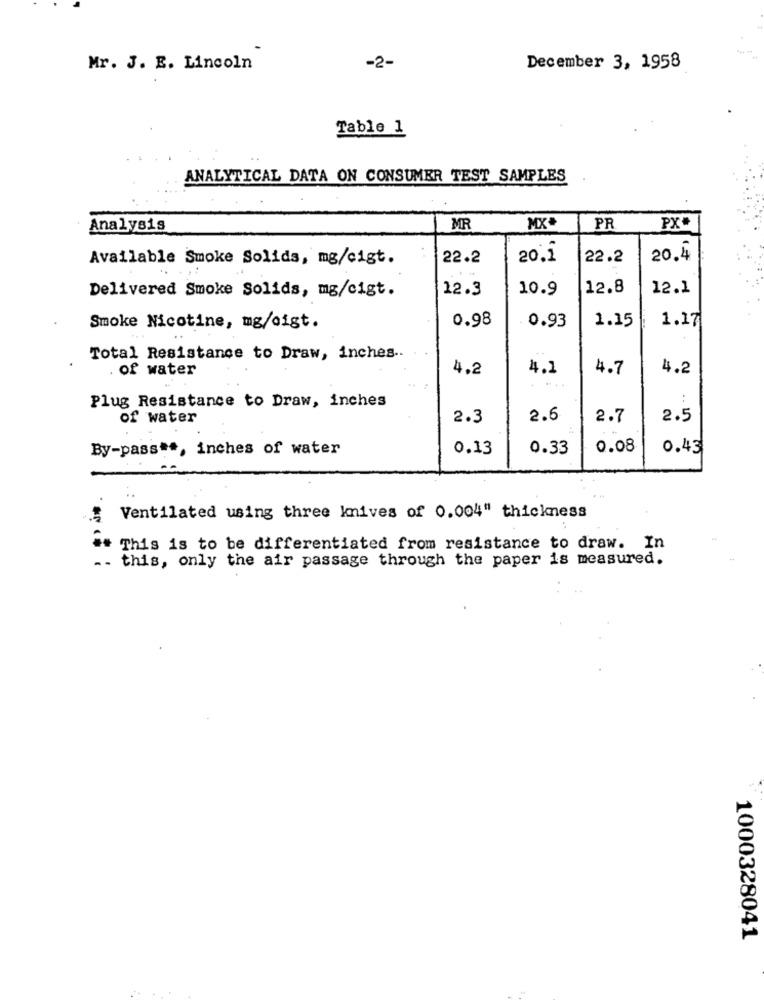
-2-
Mr. J. E. Lincoln
December 3, 1958
Table 1
ANALYTICAL DATA ON CONSUMER TEST SAMPLES
Analysis
MR
MX*
PR
PX*
Available Smoke Solids, mg/cigt.
22.2
20,1
22.2
20.4
Delivered Smoke Solids, mg/cigt.
12.3
10.9
12.8
12.1
0.98
1.15
1.17
Smoke Nicotine, mg/oigt.
0.93
Total Resistance to Draw, inches ..
of water
4.2
4.1
4.7
4.2
Plug Resistance to Draw, inches
of water
2.3
2.6
2.7
2.5
By-pass **, inches of water
0.13
0.33
0.08
0.43
Ventilated using three knives of 0.004" thickness
## This is to be differentiated from resistance to draw. In
.. this, only the air passage through the paper is measured.
1000328041